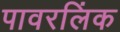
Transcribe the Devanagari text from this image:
पावरलिंक